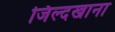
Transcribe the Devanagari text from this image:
जिल्दखाना